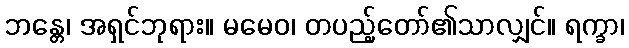
ဘန္တေ၊ အရှင်ဘုရား။ မမေဝ၊ တပည့်တော်၏သာလျှင်။ ရက္ခာ၊